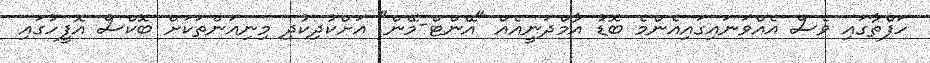
ހަފްތާގައި ވެސް އެއްވަނައިގައިއެންމެ ބޮޑު އާމްދަނީއެއް "އޭންޓް-މޭން" އަށްކުދިކުދި މިނިއަންތަކަށް ބޮކްސް އޮފީހުގައި